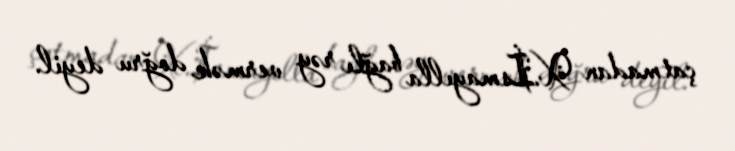
çatmadan X.İsmayılla bağlı rəy vermək doğru deyil.